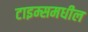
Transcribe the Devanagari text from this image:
टाइम्समधील